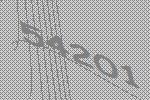
54201